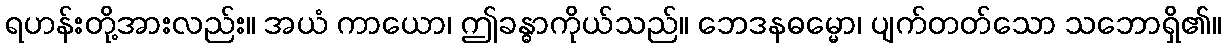
ရဟန်းတို့အားလည်း။ အယံ ကာယော၊ ဤခန္ဓာကိုယ်သည်။ ဘေဒနဓမ္မော၊ ပျက်တတ်သော သဘောရှိ၏။